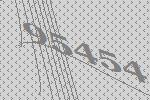
95454